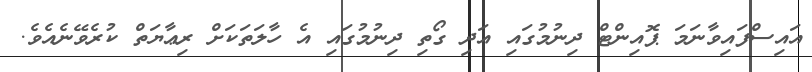
އައިސްފައިވާނަމަ ޕޮއިންޓް ދިނުމުގައި އަދި ގޯތި ދިނުމުގައި އެ ހާލަތަކަށް ރިޢާޔަތް ކުރެވޭނެއެވެ.